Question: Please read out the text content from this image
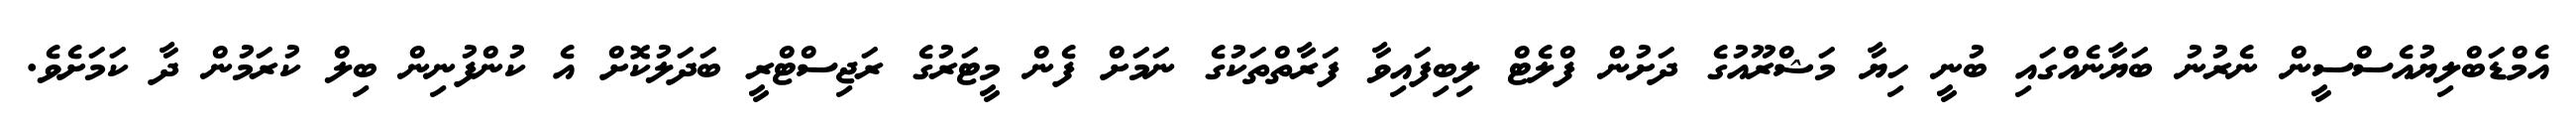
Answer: އެމްޑަބްލިޔުއެސްސީން ނެރުނު ބަޔާނެއްގައި ބުނީ ހިޔާ މަޝްރޫއުގެ ދަށުން ފްލެޓް ލިބިފައިވާ ފަރާތްތަކުގެ ނަމަށް ފެން މީޓަރުގެ ރަޖިސްޓްރީ ބަދަލުކޮށް އެ ކުންފުނިން ބިލް ކުރަމުން ދާ ކަމަށެވެ.